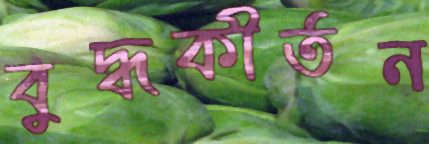
বুদ্ধকীর্তন